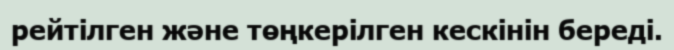
рейтілген және төңкерілген кескінін береді.